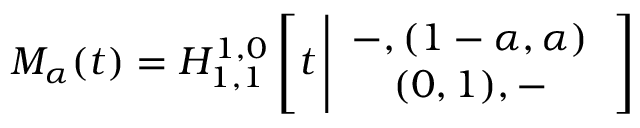
M _ { \alpha } ( t ) = H _ { 1 , 1 } ^ { 1 , 0 } \left[ t \left| \begin{array} { c } { - , ( 1 - \alpha , \alpha ) } \\ { ( 0 , 1 ) , - } \end{array} \right. \right]